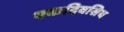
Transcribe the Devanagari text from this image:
एकदिवसिय